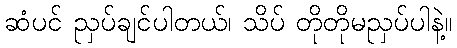
ဆံပင် ညှပ်ချင်ပါတယ်၊ သိပ် တိုတိုမညှပ်ပါနဲ့။